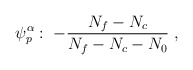
\begin{align*}\psi_p^{\alpha}: \; -\frac{N_f - N_c}{N_f - N_c - N_0}\;,\end{align*}